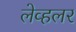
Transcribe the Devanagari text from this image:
लेव्हलर